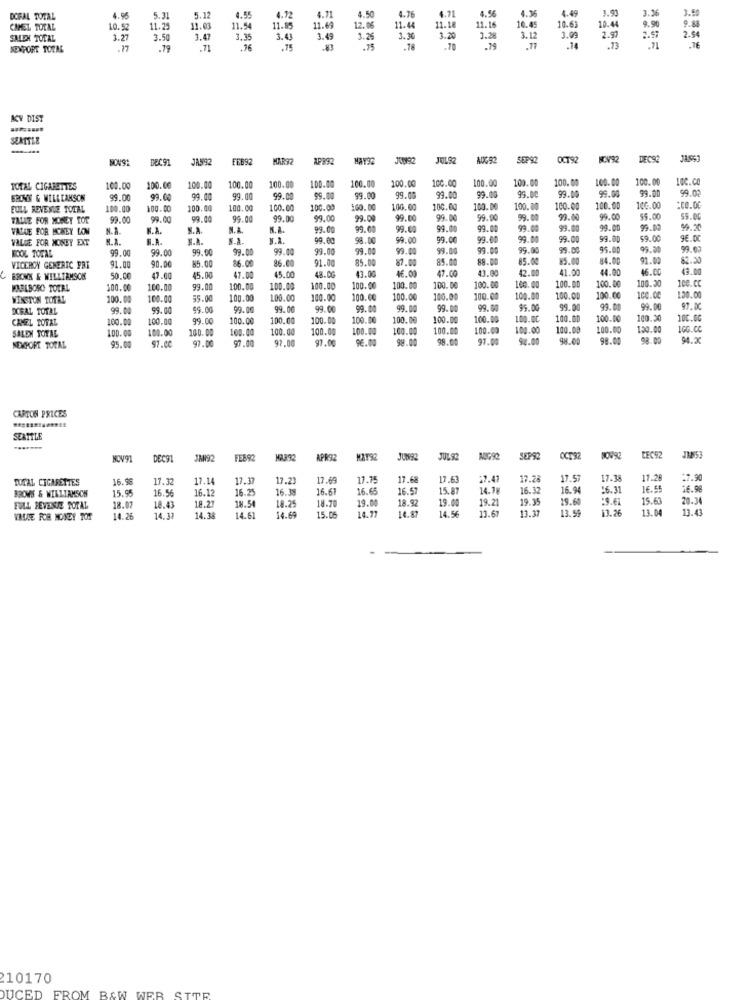
4.50
4.71
4.5%
4. 30
4.49
.26
3.90
DORAL TOTAL
4.98
5.31
5.12
4.55
4.72
4.72
4.76
CHMEL TOTAL
10.52
11.25
11.03
11.54
11.85
11.69
12.06
11.44
11.18
11.16
10.45
10.63
10.44
9.90
SALEX TOTAL
3.27
3.50
3.47
3.35
3.4
3.45
3.26
3.3
3.20
3.28
3.12
3.09
2.9
2.97
2.5
NEWPORT TOTME
.17
.79
.71
.76
.15
.75
.79
.11
.71
.76
ACY DIST
SEATTLE
DEC91
JAN92
FEB92
HARTZ
19892
JUL92
SEP92
OCT92
KCV92
DEC92
11653
100.00
100.00
100.00
100.00
100.00
100.00
100.00
100.00
100.00
100.CO
TOTAL CIGARETTES
100.00
100.00
100.00
100.00
100.00
99.00
99.00
99.0
99.02
BRONN & WILLLAKSON
99.00
99.00
99.00
99.00
99.00
99.00
99.00
99.00
23.00
99.00
99.0
FULL REVENUE TOTAL
100.00
100.00
100.00
100.00
100.00
100.00
160.00
106.00
100.0
100.00
100.00
100.00
100.00
100.00
VALUE FOR MONEY TOT
99.00
99.00
99.00
99.00
99.00
99.00
99.00
99.00
99.00
99.00
99.00
99.00
99.00
55.00
VALUE FOR MONEY LON
N.A
S.A.
N.A.
K.R.
99.00
99.00
99.00
99.00
99.00
9.00
99.00
99.00
99.00
VALUE FOR MONEY EXT
N.A.
F.A.
S.A.
V.1.
99.00
98.00
59.00
99.00
99.00
99.00
99.00
99.00
59.00
96.00
BOOL TOTAL
99.00
99.00
99.00
99.00
99.00
99.00
99.00
99.00
99.00
9.00
99.00
95.00
86.00
91.00
85.00
87.00
85.00
88.00
85.02
85.00
84.00
91.00
62.20
VICEROY GENERIC PRT
91.00
90.00
85.00
86.00
45.00
43.00
46.00
47.00
43.00
42.00
41.00
44.0
46.00
43.00
C BROWN & WILLIAMSCK
50.00
47.00
45.00
47.00
48.00
MARLBORO TOCRL
00.00
100.00
99.00
100.00
00.00
100.00
100.00
100.00
100.00
100.00
100.00
100.00
100.00
100.30
100.CC
WINSTON TOTAL
100.00
00.00
55.00
100.00
100.00
100.00
100.00
100.00
100.00
100.00
100.00
100.00
100.00
100.00
130.00
DORAL TOTAL
99.00
59.00
99.00
99.00
99.00
99.00
99.00
99.00
99. 00
99.00
99.00
99.00
93. 00
99.00
97.00
100.00
100.00
99.00
100.00
100.00
100.00
100.00
100.00
100.00
100.00
1.00.00
100.00
100.00
100.30
100.GG
CREL TOTAL
SALEN TOTAL
100.00
108.00
100.00
100.00
100.00
100.00
100.00
100.00
100.00
100.00
100.00
100.00
120.00
95.00
97.00
97.00
92.00
97.00
96.00
98.00
98.00
97.00
98.00
98.00
NEXPORT TOTAL
CARTON PRICES
SEATTLE
LECHE
NOV91
DEC91
JAN92
FEB92
APR92
MAT92
JUL 92
SEP92
CCT32
TOTAL CIGARETTES
16.96
17.3
17.14
17.37
17.23
13.69
17.75
17.68
17.63
:7.41
17.28
17.57
17.14
17.28
:7.90
BROWS & WILLIAMSCH
15.95
16.5
16.12
16.25
16.38
16.61
16.65
6.57
15. 87
14.7g
16. 3
16.94
16.31
16.55
16.98
18.54
18.70
19.00
19.00
19.21
19.35
19.60
15.6
20.34
FULL REVENTE TOTAL
18.07
18.43
18.27
18.25
18.92
14.56
13.61
13.37
13.59
13.26
13.04
13.43
VILLE FOR MONEY TOR
14.26
14.37
14.38
14.61
14.69
15.05
14.77
14.87
210170
DUCED FROM B&W WER STTR